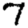
Digit: 7